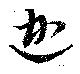
迦